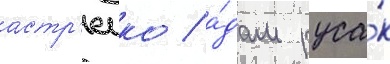
астр'еико / а́дам руса́к